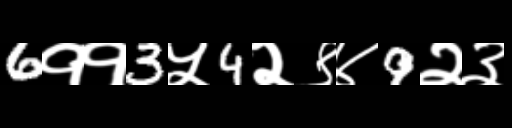
Text: 6११3५4२९४9२३